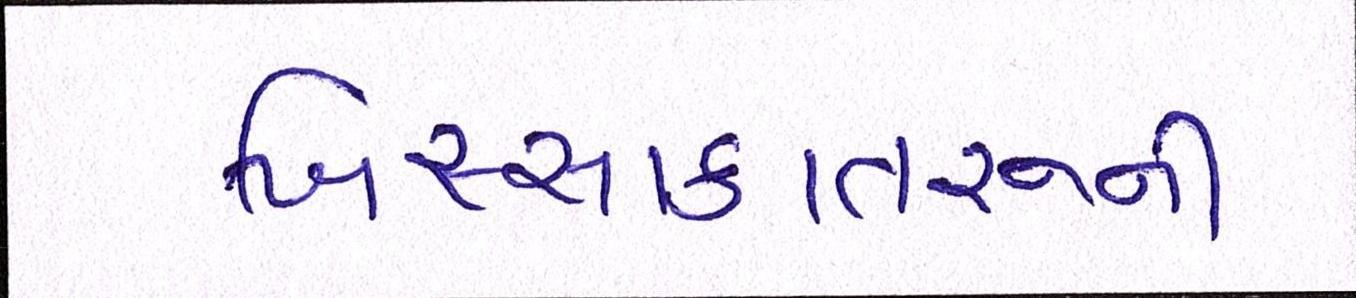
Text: ખિસ્સાકાતરુની